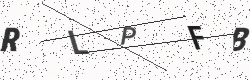
Text: RLPFB